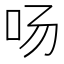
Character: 𱒂